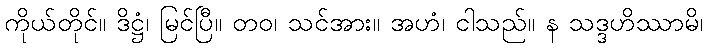
ကိုယ်တိုင်။ ဒိဋ္ဌံ၊ မြင်ပြီ။ တဝ၊ သင်အား။ အဟံ၊ ငါသည်။ န သဒ္ဒဟိဿာမိ၊